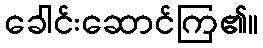
ခေါင်းဆောင်ကြ၏။